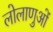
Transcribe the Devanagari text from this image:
लोलाणुओं